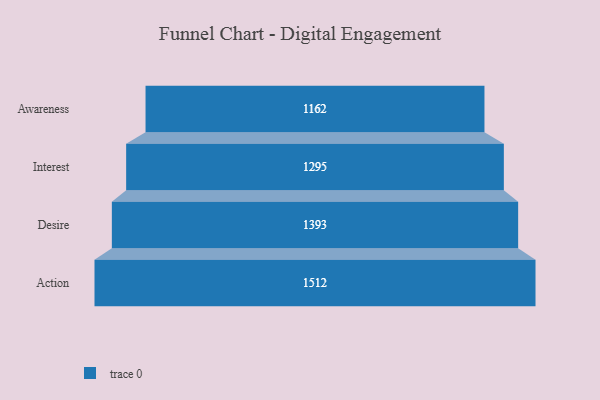
{"axis": {"x": "Stage", "y": "Value"}, "legend": [""], "data": [{"x": "Awareness", "y": 1162.0, "type": ""}, {"x": "Interest", "y": 1295.0, "type": ""}, {"x": "Desire", "y": 1393.0, "type": ""}, {"x": "Action", "y": 1512.0, "type": ""}]}